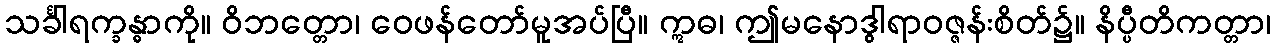
သင်္ခါရက္ခန္ဓာကို။ ဝိဘတ္တော၊ ဝေဖန်တော်မူအပ်ပြီ။ ဣဓ၊ ဤမနောဒွါရာဝဇ္ဇန်းစိတ်၌။ နိပ္ပီတိကတ္တာ၊